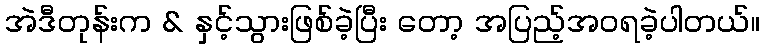
အဲဒီတုန်းက & နှင့်သွားဖြစ်ခဲ့ပြီး တော့ အပြည့်အဝရခဲ့ပါတယ်။